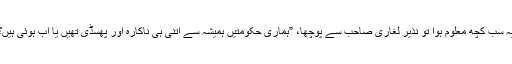
یہ سب کچھ معلوم ہوا تو نذیر لغاری صاحب سے پوچھا، ”ہماری حکومتیں ہمیشہ سے اتنی ہی ناکارہ اور پھسڈی تھیں یا اب ہوئی ہیں؟